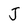
Character: J